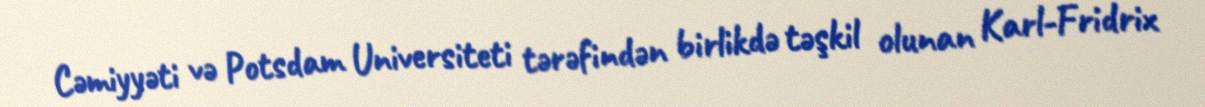
Cəmiyyəti və Potsdam Universiteti tərəfindən birlikdə təşkil olunan Karl-Fridrix